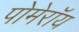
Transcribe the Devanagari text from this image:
पोमेरॉय